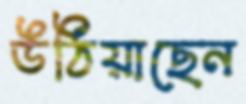
উঠিয়াছেন